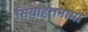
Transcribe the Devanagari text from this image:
सियाहतनामा